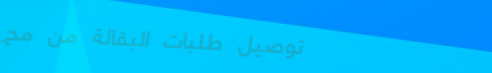
توصيل طلبات البقالة من مح